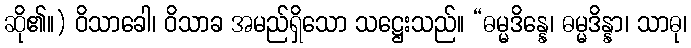
ဆို၏။) ဝိသာခေါ၊ ဝိသာခ အမည်ရှိသော သဋ္ဌေးသည်။ “ဓမ္မဒိန္နေ၊ ဓမ္မဒိန္နာ၊ သာဓု၊